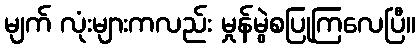
မျက် လုံးများကလည်း မှုန်မွဲစပြုကြလေပြီ။